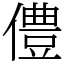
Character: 僼